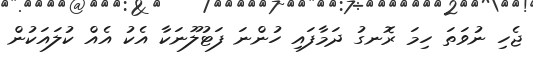
ޖެހި ނުވަތަ ހިމަ ރޮނގު ދަމާފައި ހުންނަ ފަޓުލޫނަކާ އެކު އެއް ކުލައަކުން